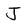
Character: J